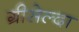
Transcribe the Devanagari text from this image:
ग्रीसेल्दा